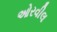
ઓરવીલ